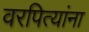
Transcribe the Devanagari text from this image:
वरपित्यांना